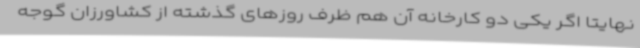
نهایتاً اگر یکی دو کارخانه آن هم ظرف روزهای گذشته از کشاورزان گوجه